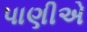
પાણીએ